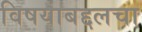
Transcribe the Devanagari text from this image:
विषयाबद्दलचा